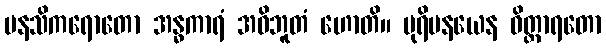
မနသိကရောတော အန္ဓကာရံ အဝိဘူတံ ဟောတိ။ ပုရိမနယေန ဝိတ္ထာရတော